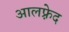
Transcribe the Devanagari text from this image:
आलफ़्रेद